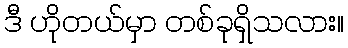
ဒီ ဟိုတယ်မှာ တစ်ခုရှိသလား။